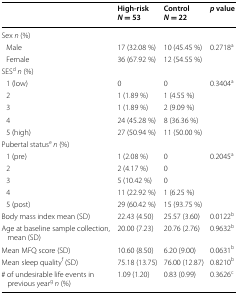
|  | High-riskN = 53 | ControlN = 22 | p value |
 | --- | --- | --- | --- |
 | <COLSPAN=4> Sex n (%) |
 | Male | 17 (32.08 %) | 10 (45.45 %) | <ROWSPAN=2> 0.2718a |
 | Female | 36 (67.92 %) | 12 (54.55 %) |
 | <COLSPAN=4> SESdn (%) |
 | 1 (low) | 0 | 0 | <ROWSPAN=5> 0.3404a |
 | 2 | 1 (1.89 %) | 1 (4.55 %) |
 | 3 | 1 (1.89 %) | 2 (9.09 %) |
 | 4 | 24 (45.28 %) | 8 (36.36 %) |
 | 5 (high) | 27 (50.94 %) | 11 (50.00 %) |
 | <COLSPAN=4> Pubertal statusen (%) |
 | 1 (pre) | 1 (2.08 %) | 0 | <ROWSPAN=5> 0.2045a |
 | 2 | 2 (4.17 %) | 0 |
 | 3 | 5 (10.42 %) | 0 |
 | 4 | 11 (22.92 %) | 1 (6.25 %) |
 | 5 (post) | 29 (60.42 %) | 15 (93.75 %) |
 | Body mass index mean (SD) | 22.43 (4.50) | 25.57 (3.60) | 0.0122b |
 | Age at baseline sample collection, mean (SD) | 20.00 (7.23) | 20.76 (2.76) | 0.9632b |
 | Mean MFQ score (SD) | 10.60 (8.50) | 6.20 (9.00) | 0.0631b |
 | Mean sleep qualityf (SD) | 75.18 (13.75) | 76.00 (12.87) | 0.8210b |
 | # of undesirable life events in previous yeargn (%) | 1.09 (1.20) | 0.83 (0.99) | 0.3626c |